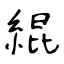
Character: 緄